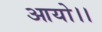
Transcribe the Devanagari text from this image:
आयो।।